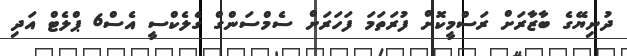
ދުނިޔޭގެ ބާޒާރަށް ރަސްމީކޮށް ފުރަތަމަ ފަހަރަށް ސެމްސަންގް ގެލެކްސީ އެސް6 ޕްލެޓް އަދި